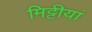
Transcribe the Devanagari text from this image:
मिट्टीयां